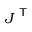
{ \boldsymbol { J } } ^ { \textsf { T } }